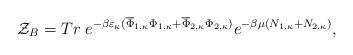
LaTeX: \begin{align*}{\cal Z}_B= Tr\; e^{-\beta\varepsilon_\kappa(\overline{\Phi}_{1,\kappa}\Phi_{1,\kappa}+\overline{\Phi}_{2,\kappa}\Phi_{2,\kappa})}e^{-\beta\mu(N_{1,\kappa}+N_{2,\kappa})},\end{align*}